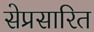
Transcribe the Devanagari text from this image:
सेप्रसारित